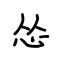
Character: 怂